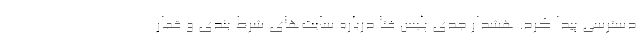
دسترسی پیدا کرد. هشدار جدی پلیس فتا درباره سایت‌های شرط بندی و قمار